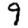
Digit: 9